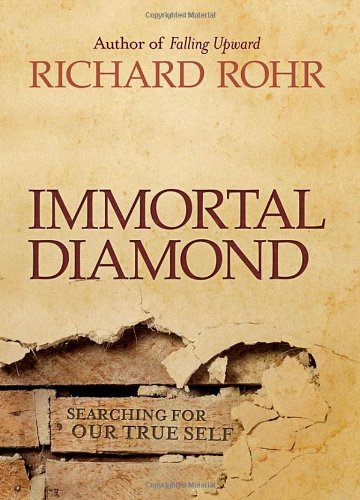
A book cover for Immortal Diamond: The Search for Our True Self; Richard Rohr; Christian Books & Bibles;